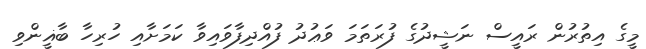
މީގެ އިތުރުން ރައީސް ނަޝީދުގެ ފުރަތަމަ ވަޢުދު ފުއްދިފާވައިވާ ކަމަށާއި ހުރިހާ ބާޣީންވި